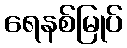
ရေနစ်မြုပ်